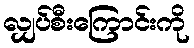
လျှပ်စီးကြောင်းကို